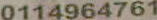
0114964761